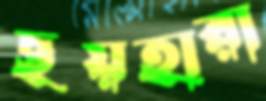
ছয়হারা